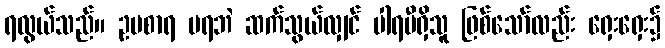
ရလွယ်သည်။ ဥပစာရ မရဘဲ ဆက်သွယ်လျှင် ပါရမီရှိသူ ဖြစ်သော်လည်း ရှေးရှေး၌